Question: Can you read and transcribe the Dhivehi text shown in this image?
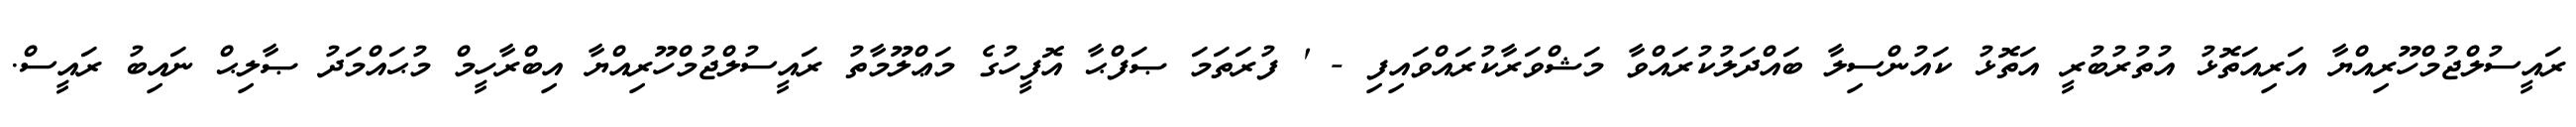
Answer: ރައީސުލްޖުމްހޫރިއްޔާ އަރިއަތޮޅު އުތުރުބުރީ އަތޮޅު ކައުންސިލާ ބައްދަލުކުރައްވާ މަޝްވަރާކުރައްވައިފި - ' ފުރަތަމަ ޞަފްޙާ އޮފީހުގެ މަޢްލޫމާތު ރައީސުލްޖުމްހޫރިއްޔާ އިބްރާހީމް މުޙައްމަދު ޞާލިޙް ނައިބު ރައީސް.